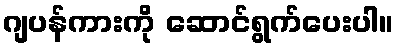
ဂျပန်ကားကို ဆောင်ရွက်ပေးပါ။